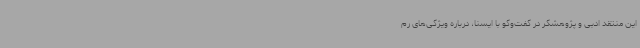
این منتقد ادبی و پژوهشگر در گفت‌وگو با ایسنا، درباره ویژگی‌های رم